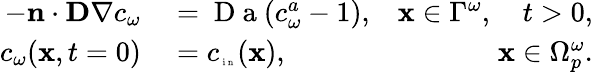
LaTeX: \begin{array}{rlr}{-\textbf n\cdot\textbf{D}\nabla c_{\omega}}&{{}=\mathrm{~D~a~}(c_{\omega}^{a}-1),}&{\textbf x\in\Gamma^{\omega},\quad t>0,}\\ {c_{\omega}(\textbf x,t=0)}&{{}=c_{\tiny\mathrm{~i~n~}}(\textbf x),}&{\textbf x\in\Omega_{p}^{\omega}.}\end{array}